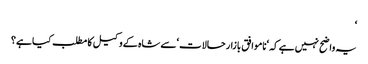
‘
یہ واضح نہیں ہے کہ ‘ناموافق بازار حالات ‘سے شاہ کے وکیل کا مطلب کیا ہے؟